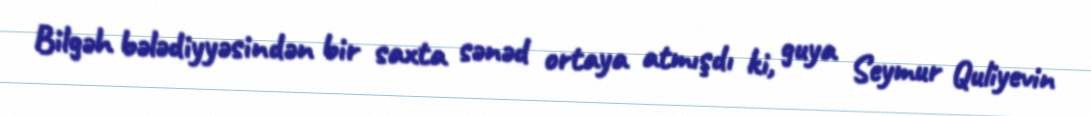
Bilgəh bələdiyyəsindən bir saxta sənəd ortaya atmışdı ki, guya Seymur Quliyevin